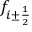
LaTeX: f _ { i \pm { \frac { 1 } { 2 } } }